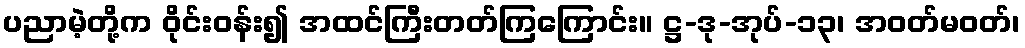
ပညာမဲ့တို့က ဝိုင်းဝန်း၍ အထင်ကြီးတတ်ကြကြောင်း။ ဋ္ဌ-ဒု-အုပ်-၁၃၊ အဝတ်မဝတ်၊